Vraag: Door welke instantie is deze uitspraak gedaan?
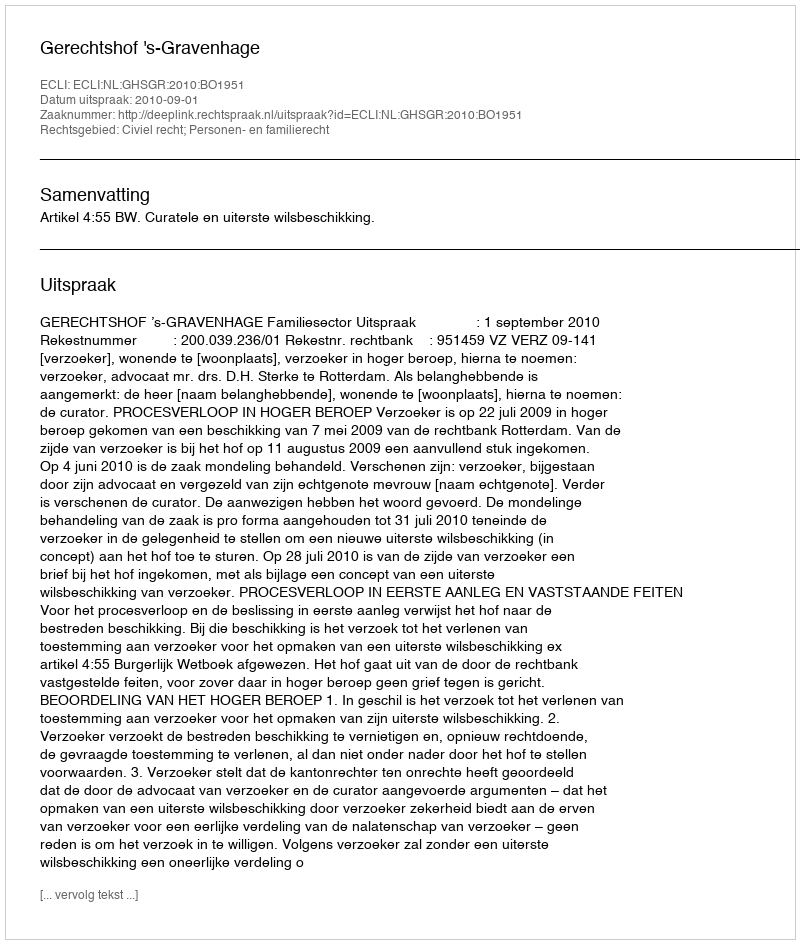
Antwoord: Gerechtshof 's-Gravenhage